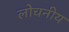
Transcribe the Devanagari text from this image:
लोचनीय